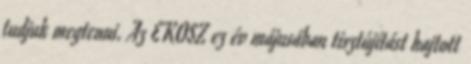
tudjuk megtenni. Az EKOSZ ez év májusában tisztújítást hajtott